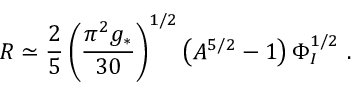
R \simeq \frac { 2 } { 5 } \left( \frac { \pi ^ { 2 } g _ { * } } { 3 0 } \right) ^ { 1 / 2 } \left( A ^ { 5 / 2 } - 1 \right) \Phi _ { I } ^ { 1 / 2 } \ .